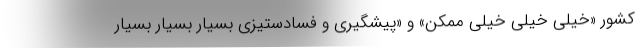
کشور «خیلی خیلی خیلی ممکن» و «پیشگیری و فسادستیزی بسیار بسیار بسیار